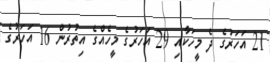
21 އަހަރުގެ ދެ މީހަކާއި 29 އަހަރުގެ މީހެއްގެ އިތުރުން 16 އަހަރުގެ